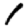
Digit: 1